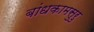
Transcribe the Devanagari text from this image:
बांधकामसुरु